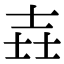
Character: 壵